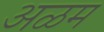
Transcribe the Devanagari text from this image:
अळम